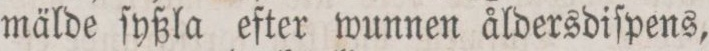
mälde ſyßla efter wunnen åldersdiſpens,